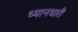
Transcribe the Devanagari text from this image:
ध्यानधारी